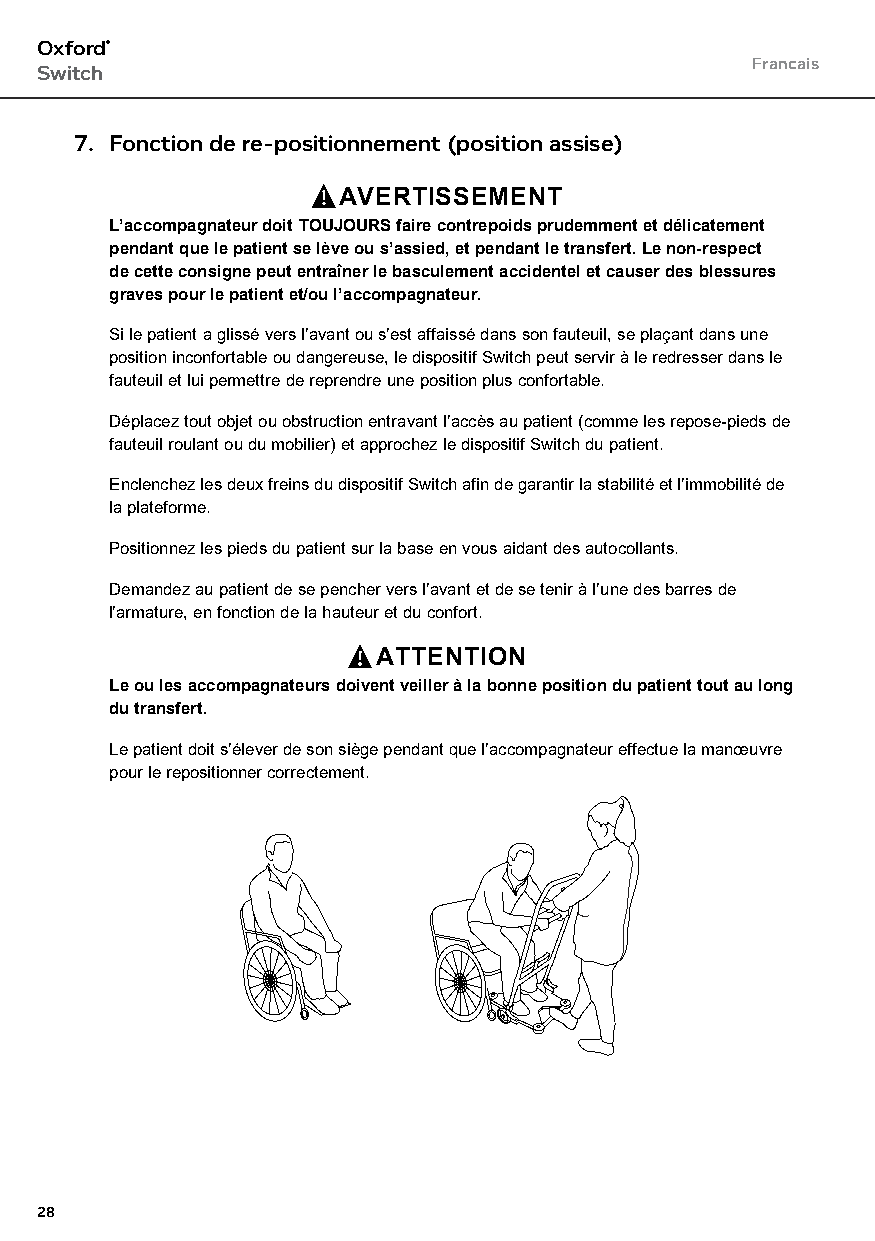
Oxford®
 Francais
 Switch
 7. Fonction de re-positionnement (position assise)
 AVERTISSEMENT
 L’accompagnateur doit TOUJOURS faire contrepoids prudemment et délicatement
 pendant que le patient se lève ou s’assied, et pendant le transfert. Le non-respect
 de cette consigne peut entraîner le basculement accidentel et causer des blessures
 graves pour le patient et/ou l’accompagnateur.
 Si le patient a glissé vers l’avant ou s’est affaissé dans son fauteuil, se plaçant dans une
 position inconfortable ou dangereuse, le dispositif Switch peut servir à le redresser dans le
 fauteuil et lui permettre de reprendre une position plus confortable.
 Déplacez tout objet ou obstruction entravant l’accès au patient (comme les repose-pieds de
 fauteuil roulant ou du mobilier) et approchez le dispositif Switch du patient.
 Enclenchez les deux freins du dispositif Switch afin de garantir la stabilité et l’immobilité de
 la plateforme.
 Positionnez les pieds du patient sur la base en vous aidant des autocollants.
 Demandez au patient de se pencher vers l’avant et de se tenir à l’une des barres de
 l’armature, en fonction de la hauteur et du confort.
 ATTENTION
 Le ou les accompagnateurs doivent veiller à la bonne position du patient tout au long
 du transfert.
 Le patient doit s’élever de son siège pendant que l’accompagnateur effectue la manœuvre
 pour le repositionner correctement.
 28